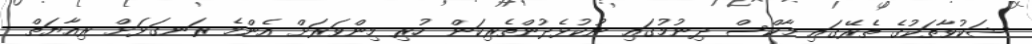
ޝަކުވާތަކުގެ ތެރޭގައި މާކްސް ދިނުމުގައި ނުކުޅެދުންތެރިކަން ހުރި މިންވަރަށް އެންމެ ރަނގަޅަށް ރިއާޔަތް